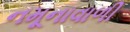
નમૂનાવાળી